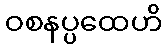
ဝစနပ္ပထေဟိ